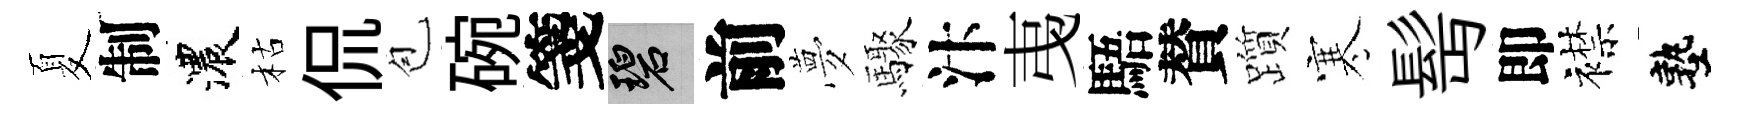
夏制濃枯侃苞碗箋碧前夢驟汴𢎯䮏賛躓寒髩即襟塾